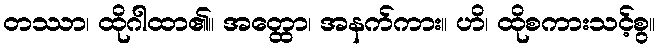
တဿာ၊ ထိုဂါထာ၏။ အတ္ထော၊ အနက်ကား။ ဟိ၊ ထိုစကားသင့်စွ။